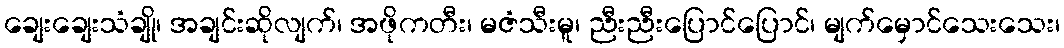
ချေးချေးသံချို၊ အချင်းဆိုလျက်၊ အဖိုကတီး၊ မဇံသီးမူ၊ ညီးညီးပြောင်ပြောင်၊ မျက်မှောင်သေးသေး၊